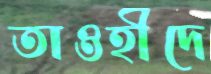
তাওহীদে